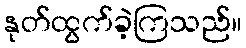
နုတ်ထွက်ခဲ့ကြသည်။